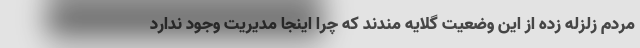
مردم زلزله زده از این وضعیت گلایه مندند که چرا اینجا مدیریت وجود ندارد